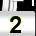
Digit: 2